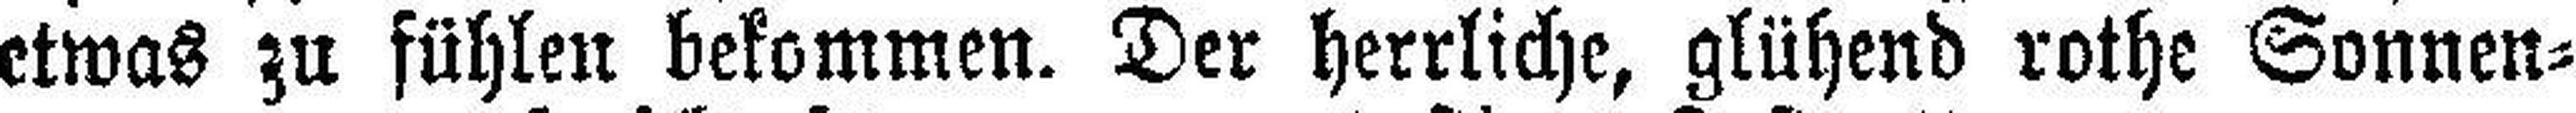
etwas zu fühlen bekommen. Der herrliche, glühend rothe Sonnen¬